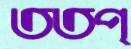
ততপ্